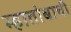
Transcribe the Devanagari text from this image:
म्हातोबाची